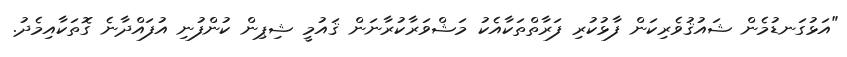
"އަޅުގަނޑުމެން ޝައުޤުވެރިކަން ފާޅުކުރި ފަރާތްތަކާއެކު މަޝްވަރާކުރާނަން ޤައުމީ ޝިޕިން ކުންފުނި އުފައްދާނެ ގޮތަކާއިމެދު.